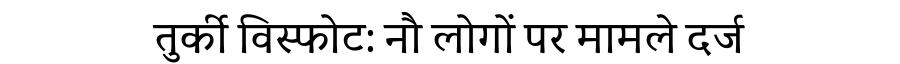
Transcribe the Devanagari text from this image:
तुर्की विस्फोट: नौ लोगों पर मामले दर्ज